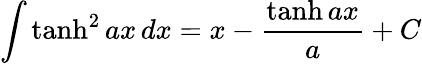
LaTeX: \int\operatorname{tanh}^{2}ax\, dx=x-{\frac{\operatorname{tanh}ax}{a}}+C